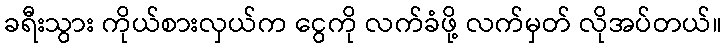
ခရီးသွား ကိုယ်စားလှယ်က ငွေကို လက်ခံဖို့ လက်မှတ် လိုအပ်တယ်။